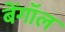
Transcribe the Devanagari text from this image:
बेंगाॅल